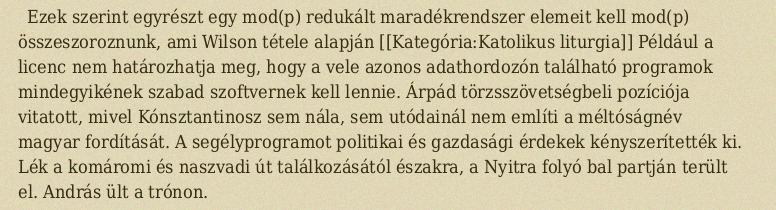
Ezek szerint egyrészt egy mod(p) redukált maradékrendszer elemeit kell mod(p) összeszoroznunk, ami Wilson tétele alapján [[Kategória:Katolikus liturgia]] Például a licenc nem határozhatja meg, hogy a vele azonos adathordozón található programok mindegyikének szabad szoftvernek kell lennie. Árpád törzsszövetségbeli pozíciója vitatott, mivel Kónsztantinosz sem nála, sem utódainál nem említi a méltóságnév magyar fordítását. A segélyprogramot politikai és gazdasági érdekek kényszerítették ki. Lék a komáromi és naszvadi út találkozásától északra, a Nyitra folyó bal partján terült el. András ült a trónon.